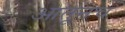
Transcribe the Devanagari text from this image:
आतूनच